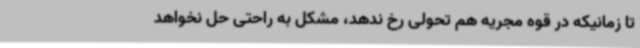
تا زمانیکه در قوه مجریه هم تحولی رخ ندهد، مشکل به راحتی حل نخواهد